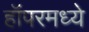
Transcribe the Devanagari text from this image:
हॉपरमध्ये